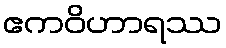
ဧကဝိဟာရဿ